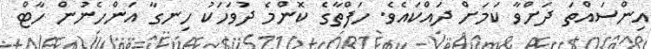
އިންސައްތަ ދަށްވާ ކަމަށް ދައްކައެވެ. ހަފްތާގެ ކޮންމެ ދުވަހަކު ހިނގާ އަންހެނުން ހާޓް